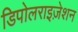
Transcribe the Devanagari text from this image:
डिपोलराइज़ेशन